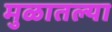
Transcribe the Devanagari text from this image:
मुळातल्या